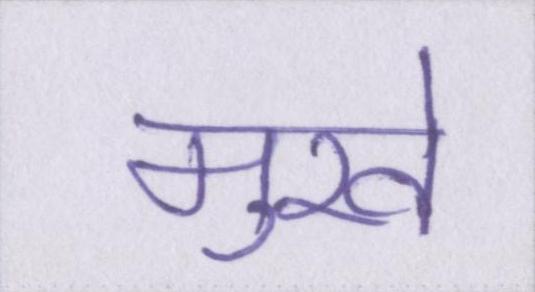
मुखे